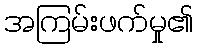
အကြမ်းဖက်မှု၏